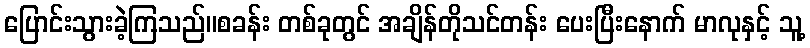
ပြောင်းသွားခဲ့ကြသည်။စခန်း တစ်ခုတွင် အချိန်တိုသင်တန်း ပေးပြီးနောက် မာလုနှင့် သူ့